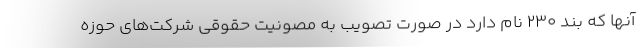
آنها که بند ۲۳۰ نام دارد در صورت تصویب به مصونیت حقوقی شرکت‌های حوزه